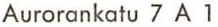
Aurorankatu 7 A 1